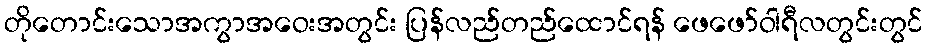
တိုတောင်းသောအကွာအဝေးအတွင်း ပြန်လည်တည်ထောင်ရန် ဖေဖော်ဝါရီလတွင်းတွင်